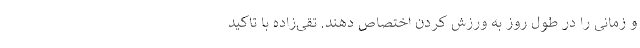
و زمانی را در طول روز به ورزش کردن اختصاص دهند. تقی‌زاده با تاکید